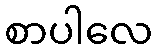
စာပါလေ